Report of the Bombay Plague Committee
Disease focus: Plague
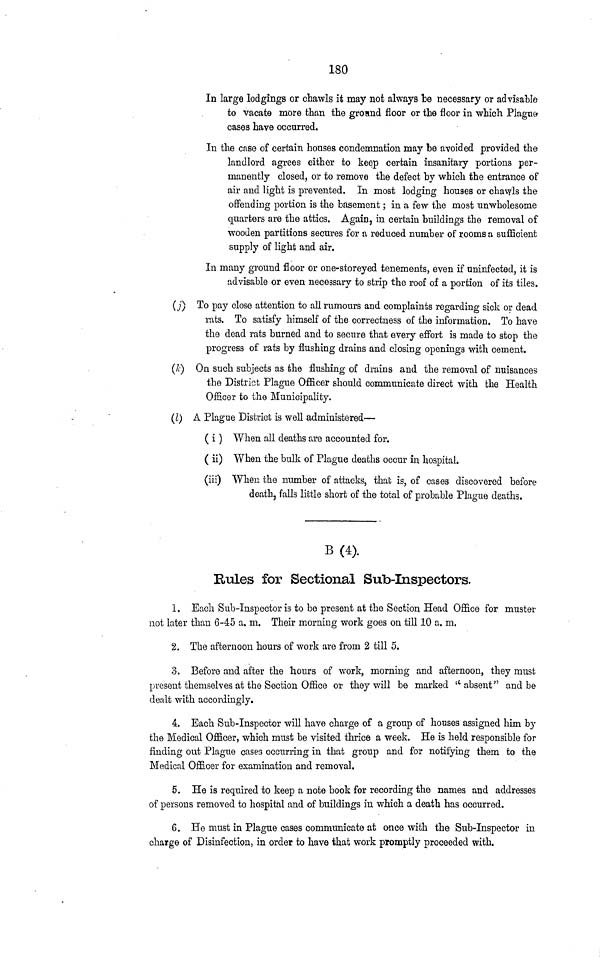
180
In large lodgings or chawls it may not always be necessary or advisable
to Vacate more than the gromnd floor or the floor in which Plague
cases have occurred.
In the case of certain houses condemnation may be avoided provided the
landlord agrees either to keep certain insanitary portions per-
manently closed, or to remove the defect by which the entrance of
air and light is prevented. In most lodging houses or chawls the
offending portion is the basement; in a few the most unwholesome
quarters are the attics. Again, in certain buildings the removal of
wooden partitions secures for a reduced number of rooms a sufficient
supply of light and air.
In many ground floor or one-storeyed tenements, even if uninfected, it is
advisable or even necessary to strip the roof of a portion of its tiles.
(j) To pay close attention to all rumours and complaints regarding sick or dead
rats. To satisfy himself of the correctness of the information. To have
the dead rats burned and to secure that every effort is made to stop the
progress of rats by flushing drains and closing openings with cement.
(k) On such subjects as the flushing of drains and the removal of nuisances
the District Plague Officer should communicate direct with the Health
Officer to the Municipality.
(l) A Plague District is well administered—
( i ) When all deaths are accounted for.
( ii) When the bulk of Plague deaths occur in hospital.
(iii) When the number of attacks, that is, of cases discovered before
death, falls little short of the total of probable Plague deaths.
B(4).
Rules for Sectional Sub-Inspectors.
1. Each Sub-Inspector is to be present at the Section Head Office for muster
not later than 6-4=5 a. m. Their morning work goes on till 10 a. m.
2. The afternoon hours of work are from 2 till 5.
3. Before and after the hours of work, morning and afternoon, they must
present themselves at the Section Office or they will be marked ''absent" and be
dealt with accordingly.
4. Each Sub-Inspector will have charge of a group of houses assigned him by
the Medical Officer, which must be visited thrice a week. He is held responsible for
finding out Plague cases occurring in that group and for notifying them to the
Medical Officer for examination and removal.
5. He is required to keep a note book for recording the names and addresses
of persons removed to hospital and of buildings in which a death has occurred.
6. He must in Plague cases communicate at once with the Sub-Inspector in
charge of Disinfection, in order to have that work promptly proceeded with.